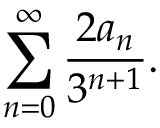
\sum _ { n = 0 } ^ { \infty } { \frac { 2 a _ { n } } { 3 ^ { n + 1 } } } .